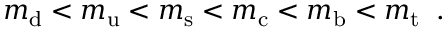
m _ { \mathrm { d } } < m _ { \mathrm { u } } < m _ { \mathrm { s } } < m _ { \mathrm { c } } < m _ { \mathrm { b } } < m _ { \mathrm { t } } \; \; .